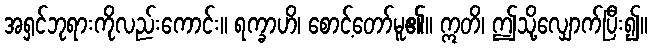
အရှင်ဘုရားကိုလည်းကောင်း။ ရက္ခာဟိ၊ စောင့်တော်မူ၏။ ဣတိ၊ ဤသို့လျှောက်ပြီး၍။